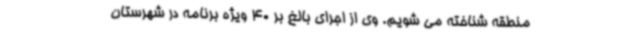
منطقه شناخته می شویم. وی از اجرای بالغ بر 40 ویژه برنامه در شهرستان